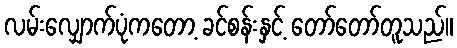
လမ်းလျှောက်ပုံကတော့ ခင်စန်းနှင့် တော်တော်တူသည်။